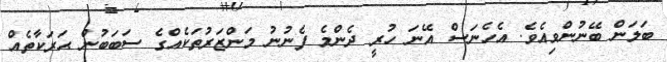
ބަލަން ބޭނުންވިއެވެ. އެހެނަސް އޭނަ ހުރީ ދެންމެ ފެނުނު މަންޒަރުތަކެއްގެ ސަބަބުން ޙަރަކާތެއް